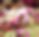
ব